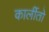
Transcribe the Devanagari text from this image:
कार्लीतो